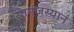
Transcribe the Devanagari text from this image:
सामंजस्यानं